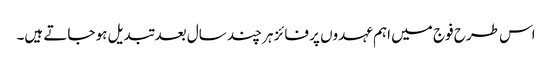
اس طرح فوج میں اہم عہدوں پر فائز ہر چند سال بعد تبدیل ہو جاتے ہیں۔